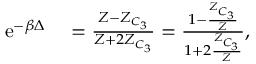
\begin{array} { r l } { \mathrm { e } ^ { - \beta \Delta } } & { { } = \frac { Z - Z _ { C _ { 3 } } } { Z + 2 Z _ { C _ { 3 } } } = \frac { 1 - \frac { Z _ { C _ { 3 } } } { Z } } { 1 + 2 \frac { Z _ { C _ { 3 } } } { Z } } , } \end{array}